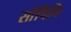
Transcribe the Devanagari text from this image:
साँपिनि